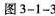
图3-1-3